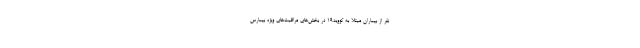
نفر از بیماران مبتلا به کووید۱۹ در بخش‌های مراقبت‌های ویژه بیمارس